Medical and sanitary report of the native army of Bengal for the year
Year: 1876
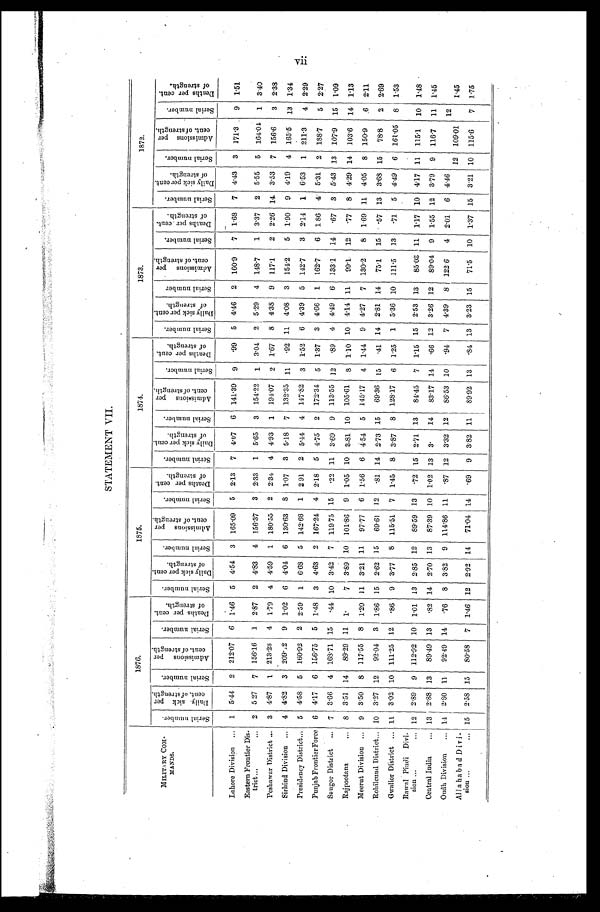
STATEMENT VII.
MILITARY COM-
M A N D S
1876.
1875.
1874.
1873.
1872.
S e r i a l n u m b e r .
D a i l y s i c k p e r
c e n t . o f s t r e n g t h .
S e r i a l n u m b e r .
A d m i s s i o n s p e r
c e n t . o f s t r e n g t h .
S e r i a l n u m b e r .
D e a t h s p e r c e n t .
o f s t r e n g t h .
S e r i a l n u m b e r .
D a i l y s i c k p e r c e n t .
o f s t r e n g t h .
S e r i a l n u m b e r .
A d m i s s i o n s p e r
c e n t . o f s t r e n g t h .
S e r i a l n u m b e r .
D e a t h s p e r c e n t .
o f s t r e n g t h .
S e r i a l n u m b e r .
D a i l y s i c k p e r c e n t .
o f s t r e n g t h .
S e r i a l n u m b e r .
A d m i s s i o n s p e r
c e n t . o f s t r e n g t h .
S e r i a l n u m b e r .
D e a t h s p e r c e n t .
o f s t r e n g t h .
S e r i a l n u m b e r .
D a l l y s i c k p e r c e n t .
o f s t r e n g t h .
S e r i a l n u m b e r
A d m i s s i o n s p e r
c e n t . o f s t r e n g t h .
S e r i a l n u m b e r .
D e a t h s p e r c e n t .
o f s t r e n g t h .
S e r i a l n u m b e r .
D a i l y s i c k p e r c e n t .
o f s t r e n g t h .
S e r i a l n u m b e r .
A d m i s s i o n s p e r
c e n t . o f s t r e n g t h .
S e r i a l n u m b e r .
D e a t h s p e r c e n t .
o f s t r e n g t h .
Lahore Division ...
1
5.44
2
212.07
6
1.46
5
4.54
3
165.09
5
2.13
7
4.07
6
141.39
9
.99
5
4.46
2
160.9
7
1.68
7
4.43
3
171.3
9
1.51
Eastern Frontier Dis-
trict
. . . ...
2
5 27
7
156.16
1
2.87
2
4.83
4
156.37
3
2.33
1
5.65
3
154.22
1
3.04
2
5.29
4
148.7
1
3.37
2
5.55
5
164.04
1
3.40
Peshawar District ...
3
4.87
1
213.23
4
1.79
4
4.59
1
180.55
2
2.34
4
4.93
1
194.07
2 1.67
8
4.38
9
117.1
2
2.26 14
3.53
7
156.6
3
2.38
Sirhind Division ...
4
4.82
3
209.42
9
1.02
6
4.04
6
130.63
8 1.07
3
5.18
7
132.35
11
. 92 11
4.08
3
154.2
5
1.90
9
4.19
4
165.5
13
1.34
Presidency District . . . 5
4.58
5
160.92
2
2.59
1
6.68
5
142.66
1
2.91
2
5.44
4
147.82
3
1.52
6
4.39
5
142.7
3
2.14
1
6.53
1
211.3
4
2.29
Punjab Frontier Force
6
4.17
6
156.75
5
1.48
3
4.63
2
167.24
4
2.18
5
4.75
2
172.34
5
1. 37
3
4.66
1
162.7
6
1 86
4
5.31
2
188.7
5
2.27
S a u g o r D i s t r i c t
...
7
3.66
4
168.71 15
.44 10
3.42
7
119.75 15
.22 11
3.69
9
113.55
12
.89
4
4.49
6
133.1
14
.67
3
5.43 13
107.9
15
1.09
Rajpootana
...
8
3.51
14
89.29 11
1.
7
3.89 10
101.86
9
1.05
10
3.81 10
105.61
8
1.10 10
4.14 11
99.1
12
.77
8
4.29 14
103.6
14
1.13
Meerut Division ...
9
3.50
8
117.55
8
1.20 11
3.21 11
97.77
6
1.56
6
4.54
5
145.17
4
1.44
9
4.27
7
130.2
8
1.69 11
4.05
8
150.9
6
2.11
Rohilcund District . . . 10
3.27 12
92.04
3
1.86 15
2.62 15
69.61
12
.81 14
2.73 15
69.36
15
. 41 14
2.81 14
75.1
15
.57 13
3.68 15
78.8
2
2.69
Gwalior District ... 11
3.02 10
111.25
12
.86
9
3.77
8
115.51
7 1.45
8
3.87
8
128.17
6
1.25
1
5.36 10
111.5
13
.71
5
4.49
6
161.05
8
1.53
Rawal Pindi Divi-
sion ...
... 12
2.89
9
112.92 10
1.01
13
2.85 12
89.59 13
.72 15
2.71 13
84.45
7
1.15 15
2.53 13
85.03 11
1.17 10
4.17 11
115.1
10
1.48
Central India
... 13
2.88 13
89.49 13
.82 14
2.70 13
87.39 10
1.02 13
3.
14
83.17 14
. 66 12
3.26 12
89.04
9
1.55
12
3.79
9
116.7
11
1.45
Oudh Division
... 14
2.80 11
92.49 14
.76
8
3.82
9
114.86 11
.87 12
3.32 12
86.53 10
. 9 4
7
4.39
8
122.6
4
2.01
6
4.46
12
109.01
12
1.45
Allahabad Divi-
sion ...
... 15
2.58 15
80.58
7
1.46 12
2.92 14
71.04 14
.69
9
3.82 11
89.92
13
. 8 4 13
3.23 15
71.5
10 1.37 15
3.21 10
115.6
7 1.75
vii